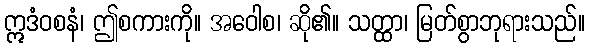
ဣဒံဝစနံ၊ ဤစကားကို။ အဝေါစ၊ ဆို၏။ သတ္ထာ၊ မြတ်စွာဘုရားသည်။